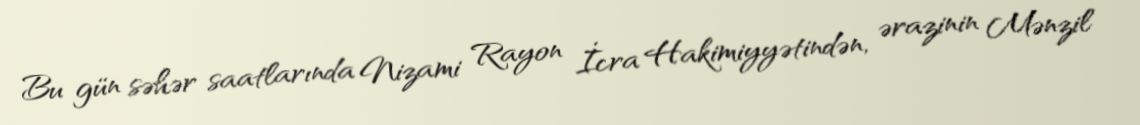
Bu gün səhər saatlarında Nizami Rayon İcra Hakimiyyətindən, ərazinin Mənzil